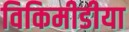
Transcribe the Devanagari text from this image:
विकिमीडीया